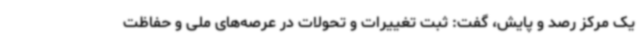
یک مرکز رصد و پایش، گفت: ثبت تغییرات و تحولات در عرصه‌های ملی و حفاظت